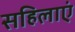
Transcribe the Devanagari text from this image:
सहिलाएं